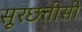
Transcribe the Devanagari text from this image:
सूरछत्तीसी